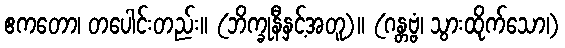
ဧကတော၊ တပေါင်းတည်း။ (ဘိက္ခုနီနှင့်အတူ)။ (ဂန္တဗ္ဗံ၊ သွားထိုက်သော၊)